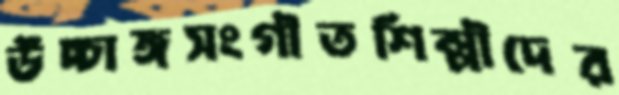
উচ্চাঙ্গসংগীতশিল্পীদের